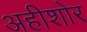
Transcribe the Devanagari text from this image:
अहीशोर